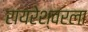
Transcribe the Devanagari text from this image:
रायरेश्वरला